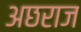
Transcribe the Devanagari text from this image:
अछराज